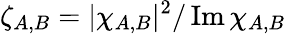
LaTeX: \zeta_{A,B}=|\chi_{A,B}|^{2}/\operatorname{Im}\chi_{A,B}